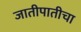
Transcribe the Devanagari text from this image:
जातीपातीचा